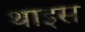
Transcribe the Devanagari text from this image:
थाइस